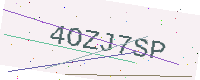
Text: 4OZJ7SP